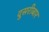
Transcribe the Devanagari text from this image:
दुसरीबार